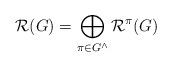
LaTeX: \begin{align*}\mathcal{R}(G)=\bigoplus_{\pi\in G^\wedge}\mathcal{R}^{\pi}(G)\end{align*}